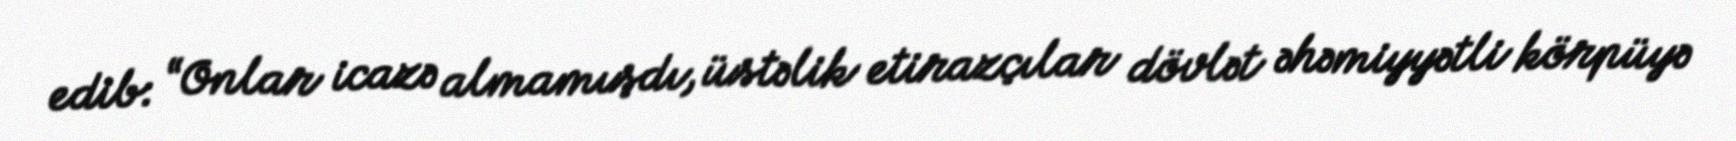
edib: “Onlar icazə almamışdı, üstəlik etirazçılar dövlət əhəmiyyətli körpüyə